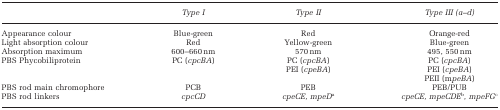
<table><thead><tr><td><b> </b></td><td><b><i>Type I</i></b></td><td><b><i>Type II</i></b></td><td><b><i>Type III (a–d)</i></b></td></tr></thead><tbody><tr><td>Appearance colour</td><td>Blue-green</td><td>Red</td><td>Orange-red</td></tr><tr><td>Light absorption colour</td><td>Red</td><td>Yellow-green</td><td>Blue-green</td></tr><tr><td>Absorption maximum</td><td>600–660 nm</td><td>570 nm</td><td>495, 550 nm</td></tr><tr><td>PBS Phycobiliprotein</td><td>PC (<i>cpcBA</i>)</td><td>PC (<i>cpcBA</i>)PEI (<i>cpeBA</i>)</td><td>PC (<i>cpcBA</i>)PEI (<i>cpeBA</i>)PEII (m<i>peBA</i>)</td></tr><tr><td>PBS rod main chromophore</td><td>PCB</td><td>PEB</td><td>PEB/PUB</td></tr><tr><td>PBS rod linkers</td><td><i>cpcCD</i></td><td><i>cpeCE, mpeD</i>a</td><td><i>cpeCE, mpeCDE</i>b<i>, mpeFG</i>c</td></tr></tbody></table>